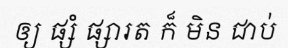
ឲ្យ ផ្សំ ផ្សារត ក៏ មិន ជាប់